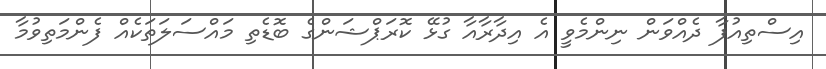
އިސްތިއުފާ ދެއްވަން ނިންމެވީ އެ އިދާރާއާ ގުޅޭ ކޮރަޕްޝަންގެ ބޮޑެތި މައްސަލަތަކެއް ފެންމަތިވުމާ